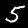
Digit: 5